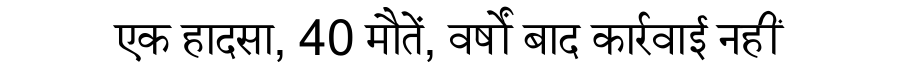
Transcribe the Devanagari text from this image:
एक हादसा, 40 मौतें, वर्षों बाद कार्रवाई नहीं